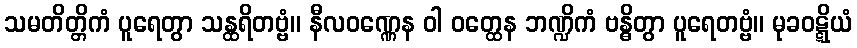
သမတိတ္တိကံ ပူရေတွာ သန္ထရိတဗ္ဗံ။ နီလဝဏ္ဏေန ဝါ ဝတ္ထေန ဘဏ္ဍိကံ ဗန္ဓိတွာ ပူရေတဗ္ဗံ။ မုခဝဋ္ဋိယံ